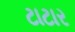
ટાટાર